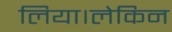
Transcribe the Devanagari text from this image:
लिया।लेकिन